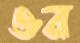
ওর